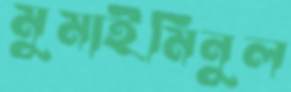
মুমাইমিনুল